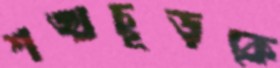
শঙ্খচূড়কে